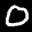
Label: 0